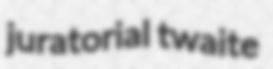
juratorial twaite